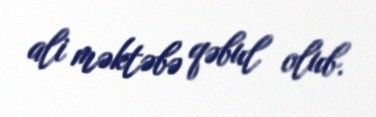
ali məktəbə qəbul olub.